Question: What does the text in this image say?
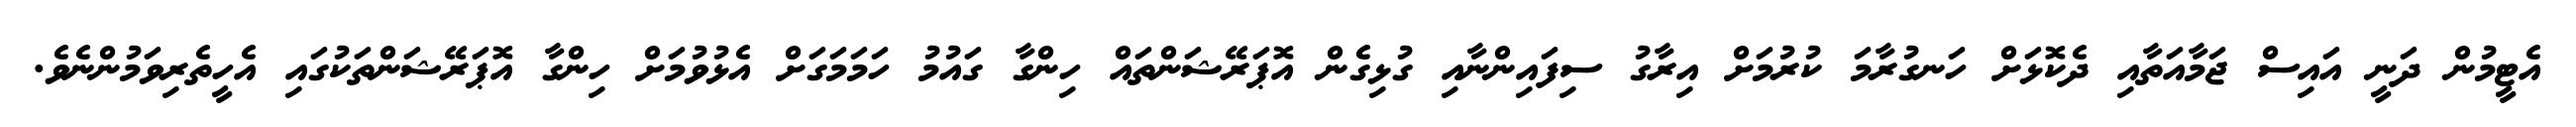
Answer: އެޓީމުން ދަނީ އައިސް ޖަމާއަތާއި ދެކޮޅަށް ހަނގުރާމަ ކުރުމަށް އިރާގު ސިފައިންނާއި ގުޅިގެން އޮޕަރޭޝަންތައް ހިންގާ ގައުމު ހަމަމަގަށް އެޅުވުމަށް ހިންގާ އޮޕަރޭޝަންތަކުގައި އެހީތެރިވަމުންނެވެ.